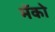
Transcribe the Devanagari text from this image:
मॅको